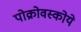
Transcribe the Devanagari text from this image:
पोक्रोवस्कोये